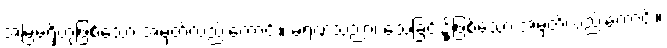
အမြဲမရှိဟုဖြစ်သော အမှတ်လည်းကောင်း။ မရဏသညာ၊ သေခြင်း၌ုဖြစ်သော အမှတ်လည်းကောင်း။